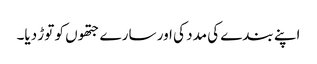
اپنے بندے کی مدد کی اور سارے جتھوں کو توڑ دیا۔